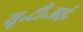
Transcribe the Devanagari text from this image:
यू॰टी॰आई॰